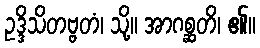
ဥဒ္ဒိသိတဗ္ဗတံ၊ သို့။ အာဂစ္ဆတိ၊ ၏။